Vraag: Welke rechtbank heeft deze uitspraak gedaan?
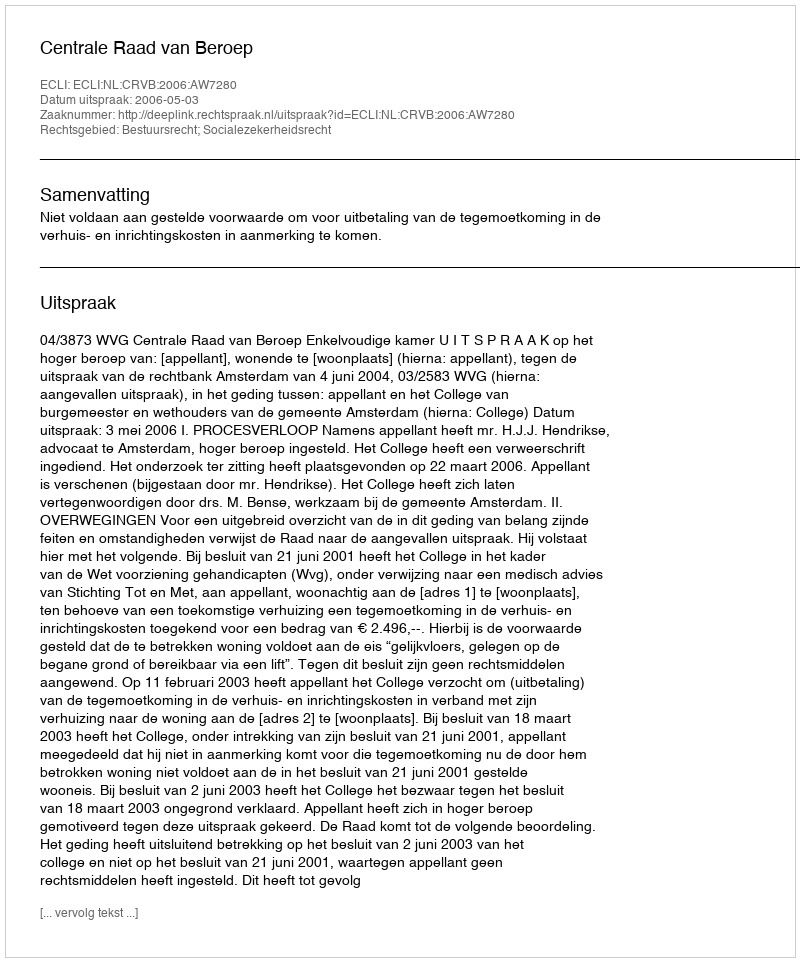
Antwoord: Centrale Raad van Beroep